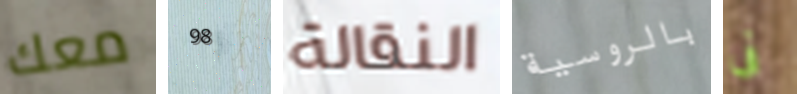
معك 98 النقالة بالروسية فى